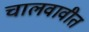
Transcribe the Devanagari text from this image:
चालवावीत